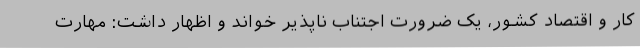
کار و اقتصاد کشور، یک ضرورت اجتناب ناپذیر خواند و اظهار داشت: مهارت